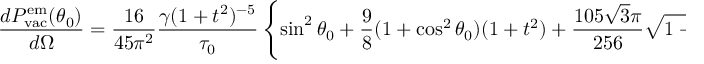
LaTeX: \frac { d { \cal P } _ { \mathrm { v a c } } ^ { \mathrm { e m } } ( \theta _ { 0 } ) } { d \Omega } = \frac { 1 6 } { 4 5 \pi ^ { 2 } } \frac { \gamma ( 1 + t ^ { 2 } ) ^ { - 5 } } { \tau _ { 0 } } \left\{ \sin ^ { 2 } \theta _ { 0 } + \frac { 9 } { 8 } ( 1 + \cos ^ { 2 } \theta _ { 0 } ) ( 1 + t ^ { 2 } ) + \frac { 1 0 5 \sqrt 3 \pi } { 2 5 6 } \sqrt { 1 + t ^ { 2 } } \cos \theta _ { 0 } \right\} .